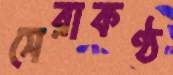
সেরাকণ্ঠ